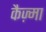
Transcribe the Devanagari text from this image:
कैज़्मा